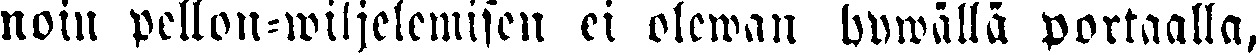
noin pellon-wiljelemisen ei olewan hywällä portaalla,